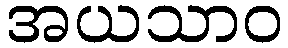
အယသာဝ